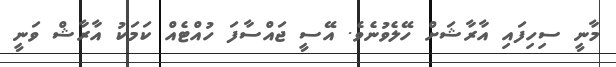
މާނީ ސިހިފައި އާރާޝަށް ހޭލެވުނެވެ. އޭސީ ޖައްސާފަ ހުއްޓެއް ކަމަކު އާރާޝް ވަނީ